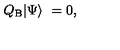
Q _ { \mathrm { B } } | \Psi \rangle \ = 0 ,